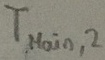
Text: TMAIN,2